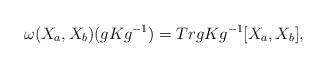
LaTeX: \begin{align*}{\omega}(X_a,X_b)(gKg^{-1})=TrgKg^{-1}[X_a,X_b],\end{align*}